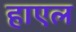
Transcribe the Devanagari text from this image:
हाएल